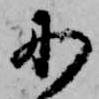
に